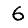
Digit: 6